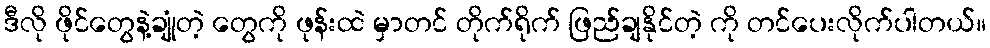
ဒီလို ဖိုင်တွေနဲ့ချုံတဲ့ တွေကို ဖုန်းထဲ မှာတင် တိုက်ရိုက် ဖြည်ချနိုင်တဲ့ ကို တင်ပေးလိုက်ပါတယ်။